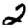
Digit: 2